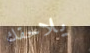
يلاحقك